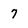
Character: 7